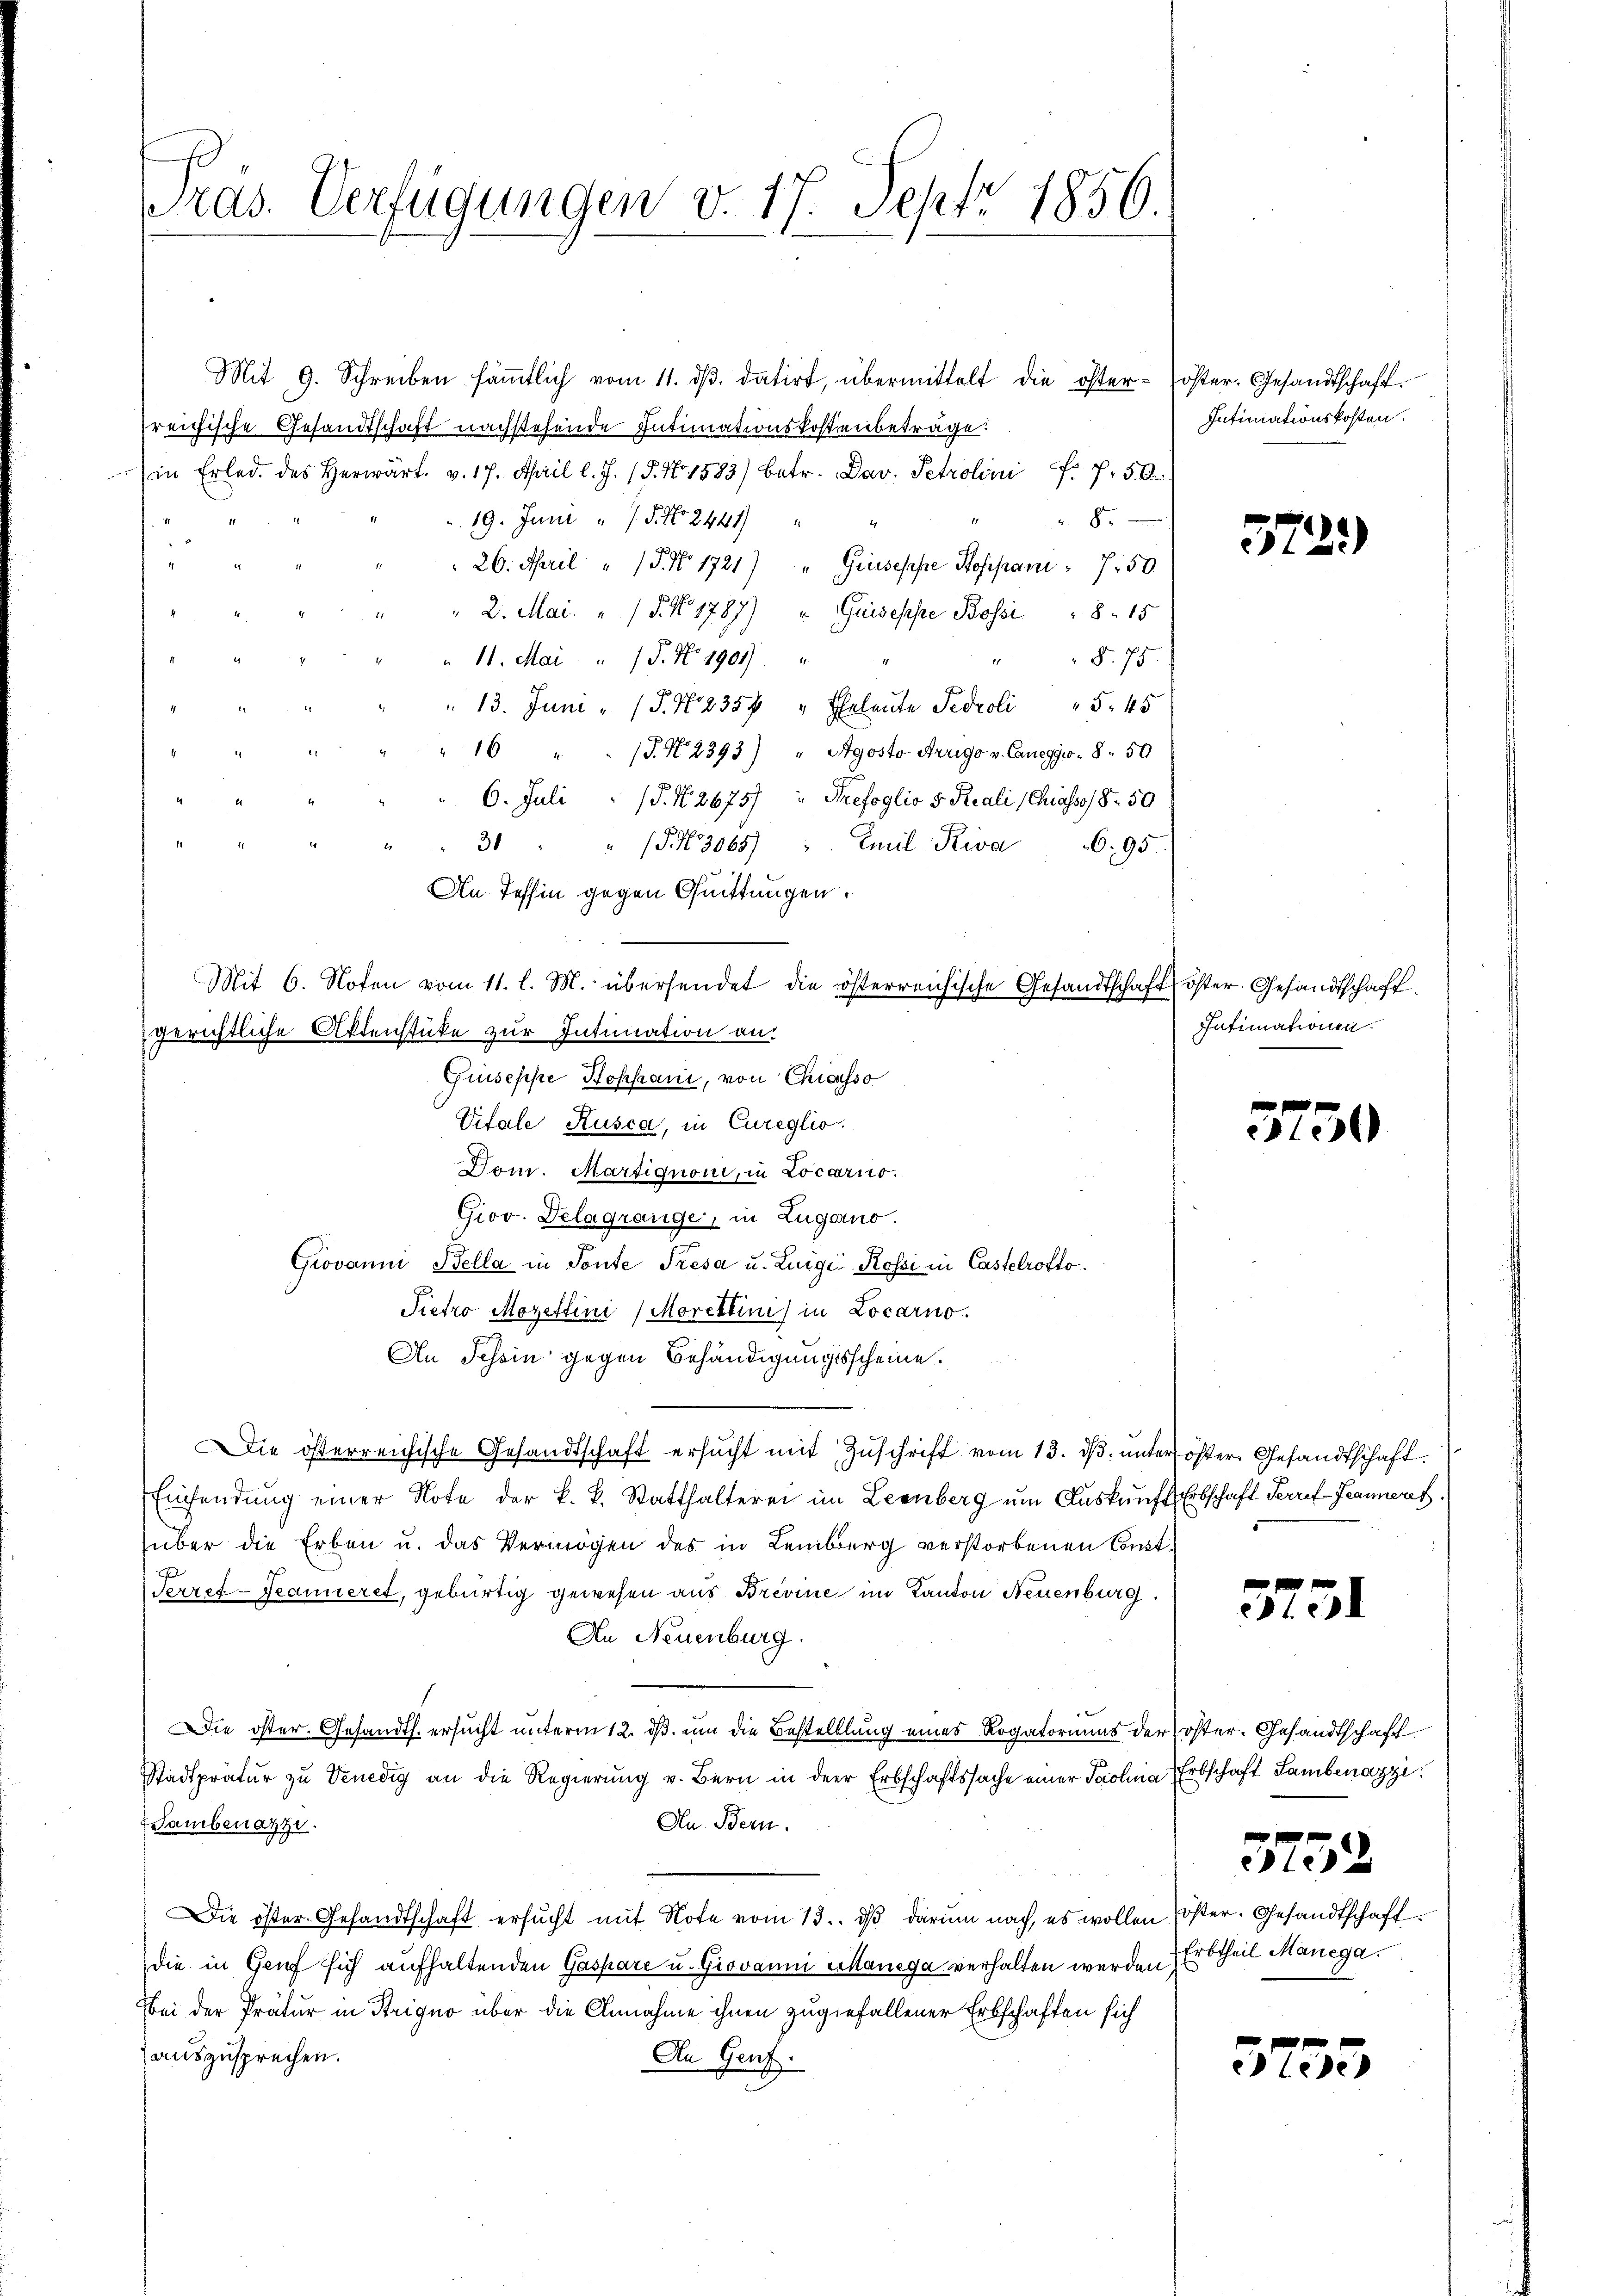
ras. Verfügungen v. 17. Sept 1856.

Mit 9. Schreiben säṁtlich vom 11. dβ. datirt, übermittelt die öster-oster. Gesandtschaft
freichische Gesandtschaft nachstehende Intimationskostenbeträge:
in Erled. des herwärt. v. 17. April l. J. 18. No 1583) betr. Dav. Petrolini f. 750
8.
19. Juni " 7 S. Nr. 2441)
26. April "  P. Nr. 1721) " Giuseppe Stoppani 750.
" 2. Mai. " / 5. No. 1787) " Guiseppe Bossi 815
§. 75.
11. Mai " 15. No 1901).
1
13. Juni "  P. N. 235 " Eheleute Fedroli " 545
16 " " J. N. 2393) " Agosto Arugo v. Canegg - 8. 50
6. Juli d. N. 2675/Thefoglio v Reali (Chiasso 8 50
(S. 3065) Emil Riva 695.
31
An Tessin gegen Quittungen.
Mit 6. Noten vom 11. l. M. übersendet die österreichische Gesandtschaft öster. Gesandtschaft.
gerichtliche Aktenstüke zur Intimation an:
Griseppe Bophani, von Chicasso
Vitale Rusca, in Cureglio.
Dom. Martignoni, in Locarno.
Giov. Delagrange, in Zugano.
Giovanni Bella in Tonte Tresa u. Luigi Rossi in Castelrotto.
Pietro Mozettini (Morettini in Locarno.
An Schein gegen Behändigungsscheine.
ie österreichische Gesandtschaft ersucht mit Zuschrift vom 13. d. unter öster. Gesandtschaft
Einsendŭng einer Note der k. k. Statthalterei im Leenberg ŭm Aŭskŭnft Erbschaft Herref-Jeannere
über die Erben u. das Vermögen des in Lemberg verstorbenen Const¬
Terzef-Seamieret, gebürtig gewesen aus Brevine im Kanton Neuenburg.
An Neuenburg.
Die öster. Gesandts. ersucht unterm 12. ds. um die Bestelllung eines Rogatoriums der öster. Gesandtschaft¬
Stadtprätur zu Venedig an die Regierung v. Bern in der Erbschaftssache einer Paolina, Erbschaft Lambenazzi.
An Bern.
Sambenazzi.
Die öster. Gesandtschaft ersŭcht mit Note vom 13. dβ darum nach, es wollen öster. Gesandtschaftdie in Genf sich aufhaltenden Gaspare u. Giovanni citanega verhalten werden,
bei der Prätur in Strigno über die Annahme ihnen zugefallener Erbschaften sich
auszusprechen.
An Genf.

Intimationskosten.

522)

Intimationen.

3750

3251

3752

Erbtheil Manega

5735